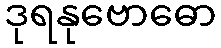
ဒုရနုဗောဓော